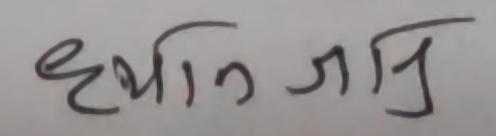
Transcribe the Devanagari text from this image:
ध्यान जानि